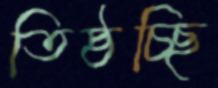
তিষ্ঠচ্ছি